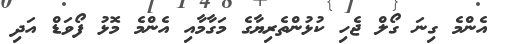
އެންމެ ގިނަ ގޯލް ޖެހި ކުޅުންތެރިޔާގެ މަގާމާއި އެންމެ މޮޅު ފޯވަޑް އަދި